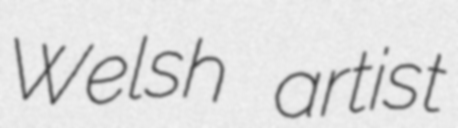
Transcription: Welsh artist